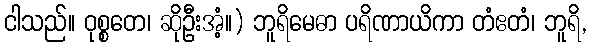
ငါသည်။ ဝုစ္စတေ၊ ဆိုဦးအံ့။) ဘူရိမေဓာ ပရိဏာယိကာ တံဧတံ၊ ဘူရိ,